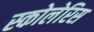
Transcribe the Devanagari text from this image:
स्कोलेरिस